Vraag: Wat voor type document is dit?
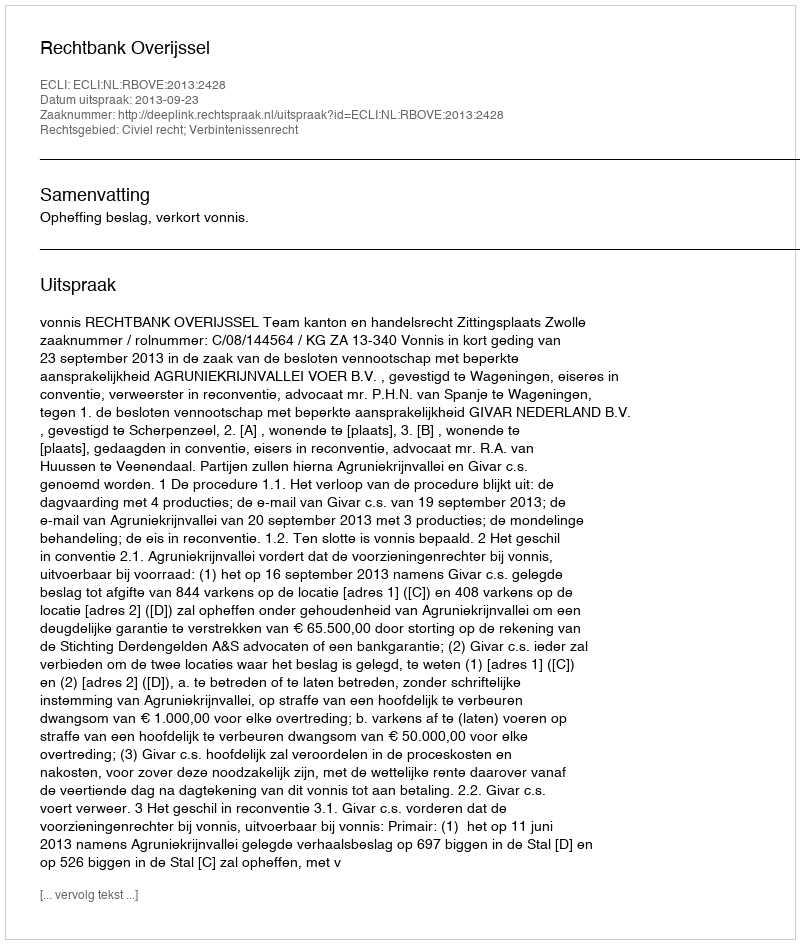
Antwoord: Uitspraak